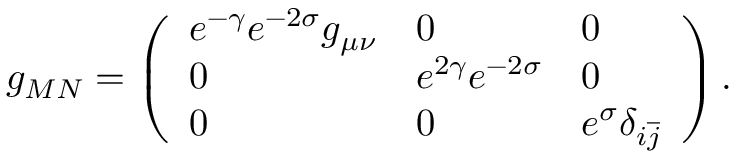
g _ { M N } = \left( \begin{array} { l l l } { { e ^ { - \gamma } e ^ { - 2 \sigma } g _ { \mu \nu } } } & { { 0 } } & { { 0 } } \\ { { 0 } } & { { e ^ { 2 \gamma } e ^ { - 2 \sigma } } } & { { 0 } } \\ { { 0 } } & { { 0 } } & { { e ^ { \sigma } \delta _ { i \overline { { j } } } } } \end{array} \right) .